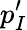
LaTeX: p_{I}^{\prime}